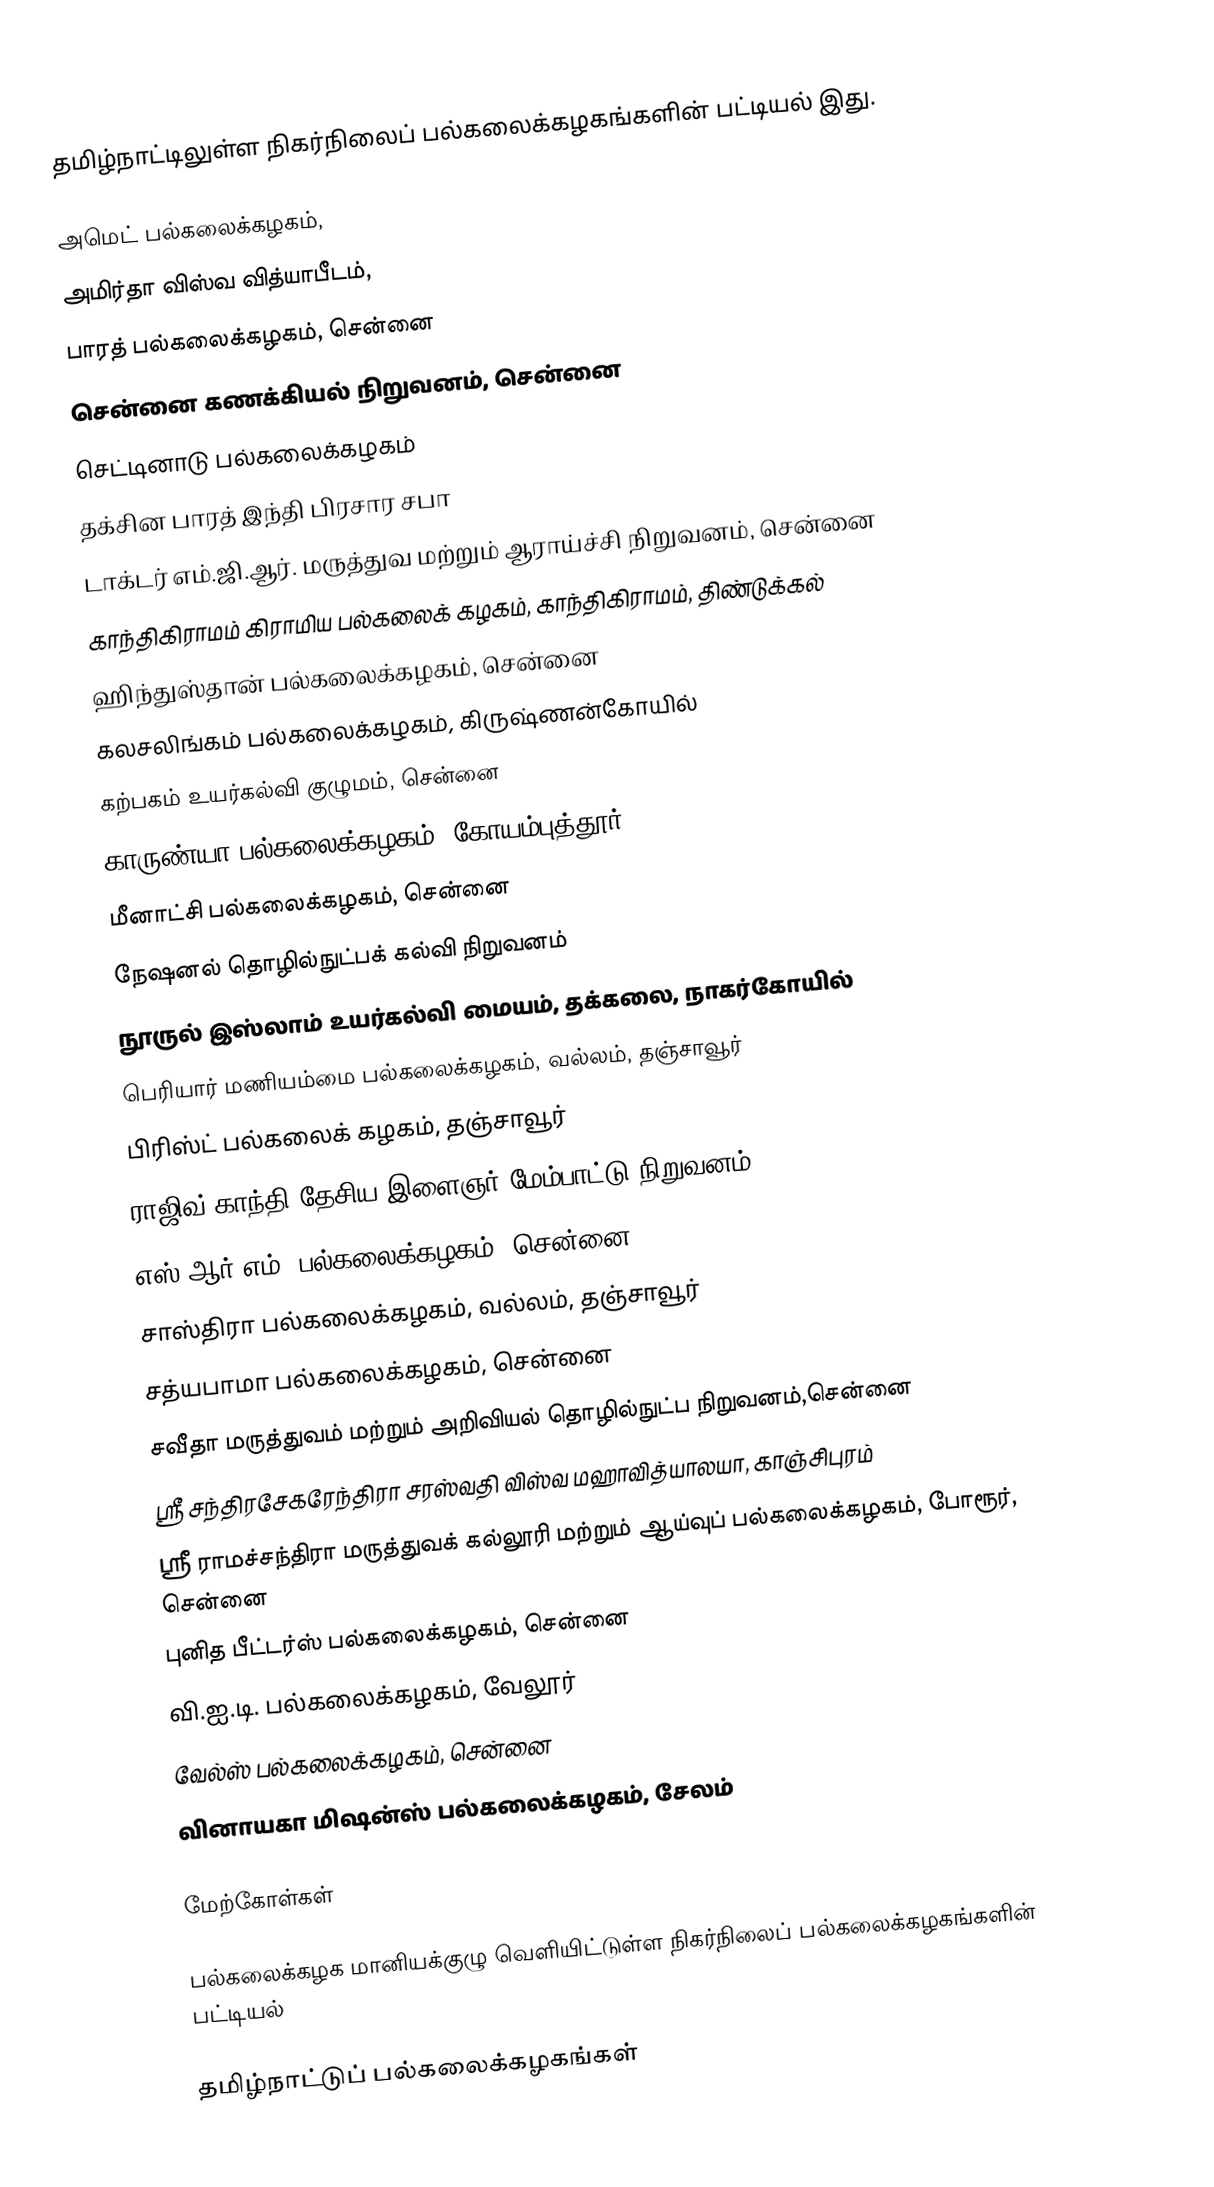
தமிழ்நாட்டிலுள்ள நிகர்நிலைப் பல்கலைக்கழகங்களின் பட்டியல் இது.

அமெட் பல்கலைக்கழகம்,
அமிர்தா விஸ்வ வித்யாபீடம்,
பாரத் பல்கலைக்கழகம், சென்னை
சென்னை கணக்கியல் நிறுவனம், சென்னை
செட்டினாடு பல்கலைக்கழகம்
தக்சின பாரத் இந்தி பிரசார சபா
டாக்டர் எம்.ஜி.ஆர். மருத்துவ மற்றும் ஆராய்ச்சி நிறுவனம், சென்னை
காந்திகிராமம் கிராமிய பல்கலைக் கழகம், காந்திகிராமம், திண்டுக்கல்
ஹிந்துஸ்தான் பல்கலைக்கழகம், சென்னை
கலசலிங்கம் பல்கலைக்கழகம், கிருஷ்ணன்கோயில்
கற்பகம் உயர்கல்வி குழுமம், சென்னை
காருண்யா பல்கலைக்கழகம், கோயம்புத்தூர்
மீனாட்சி பல்கலைக்கழகம், சென்னை
நேஷனல் தொழில்நுட்பக் கல்வி நிறுவனம்
நூருல் இஸ்லாம் உயர்கல்வி மையம், தக்கலை, நாகர்கோயில்
பெரியார் மணியம்மை பல்கலைக்கழகம், வல்லம், தஞ்சாவூர்
பிரிஸ்ட் பல்கலைக் கழகம், தஞ்சாவூர்
ராஜிவ் காந்தி தேசிய இளைஞர் மேம்பாட்டு நிறுவனம்
எஸ்.ஆர்.எம். பல்கலைக்கழகம், சென்னை
சாஸ்திரா பல்கலைக்கழகம், வல்லம், தஞ்சாவூர்
சத்யபாமா பல்கலைக்கழகம், சென்னை
சவீதா மருத்துவம் மற்றும் அறிவியல் தொழில்நுட்ப நிறுவனம்,சென்னை
ஸ்ரீ சந்திரசேகரேந்திரா சரஸ்வதி விஸ்வ மஹாவித்யாலயா, காஞ்சிபுரம்
ஸ்ரீ ராமச்சந்திரா மருத்துவக் கல்லூரி மற்றும் ஆய்வுப் பல்கலைக்கழகம், போரூர், சென்னை
புனித பீட்டர்ஸ் பல்கலைக்கழகம், சென்னை
வி.ஐ.டி. பல்கலைக்கழகம், வேலூர்
வேல்ஸ் பல்கலைக்கழகம், சென்னை
வினாயகா மிஷன்ஸ் பல்கலைக்கழகம், சேலம்

மேற்கோள்கள்

 பல்கலைக்கழக மானியக்குழு வெளியிட்டுள்ள நிகர்நிலைப் பல்கலைக்கழகங்களின் பட்டியல்

தமிழ்நாட்டுப் பல்கலைக்கழகங்கள்